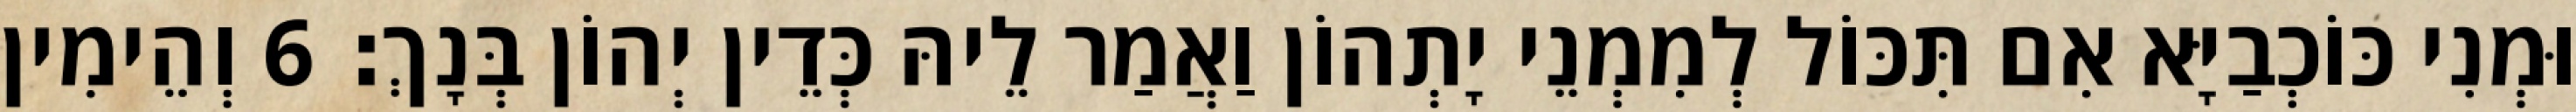
וּמְנִי כּוֹכְבַיָּא אִם תִּכּוֹל לְמִמְנֵי יָתְהוֹן וַאֲמַר לֵיהּ כְּדֵין יְהוֹן בְּנָךְ׃ 6 וְהֵימִין